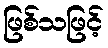
ဖြစ်သဖြင့်